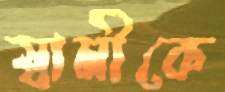
স্বামীকে